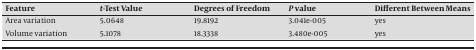
<table><thead><tr><td><b>Feature</b></td><td><b><i>t</i>-Test Value</b></td><td><b>Degrees of Freedom</b></td><td><b><i>P </i>value</b></td><td><b>Different Between Means</b></td></tr></thead><tbody><tr><td>Area variation</td><td>5.0648</td><td>19.8192</td><td>3.041e-005</td><td>yes</td></tr><tr><td>Volume variation</td><td>5.1078</td><td>18.3338</td><td>3.480e-005</td><td>yes</td></tr></tbody></table>